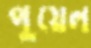
পুয়েল